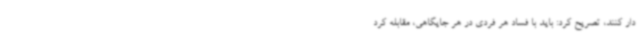
دار کنند، تصریح کرد: باید با فساد هر فردی در هر جایگاهی، مقابله کرد